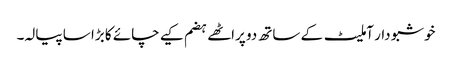
خوشبو دار آملیٹ کے ساتھ دو پراٹھے ہضم کیے چائے کا بڑا سا پیالہ۔